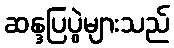
ဆန္ဒပြပွဲများသည်